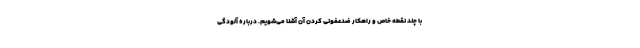
با چند نقطه خاص و راهکار ضدعفونی کردن آن آشنا می‌شویم. درباره آلودگی